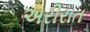
અરીરાત